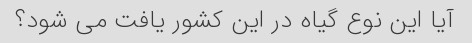
آیا این نوع گیاه در این کشور یافت می شود؟